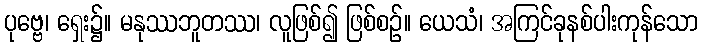
ပုဗ္ဗေ၊ ရှေး၌။ မနုဿဘူတဿ၊ လူဖြစ်၍ ဖြစ်စဉ်။ ယေသံ၊ အကြင်ခုနစ်ပါးကုန်သော